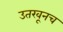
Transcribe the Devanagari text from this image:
उतरवूनच